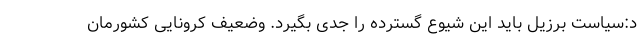
د:سیاست برزیل باید این شیوع گسترده را جدی بگیرد. وضعیف کرونایی کشورمان